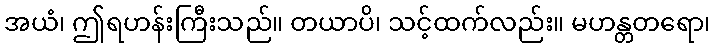
အယံ၊ ဤရဟန်းကြီးသည်။ တယာပိ၊ သင့်ထက်လည်း။ မဟန္တတရော၊